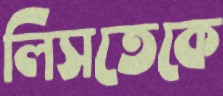
লিসতেকে